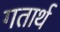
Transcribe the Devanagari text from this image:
गतार्थ